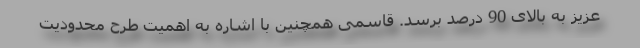
عزیز به بالای 90 درصد برسد. قاسمی همچنین با اشاره به اهمیت طرح محدودیت